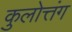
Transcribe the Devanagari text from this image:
कुलोत्तंग